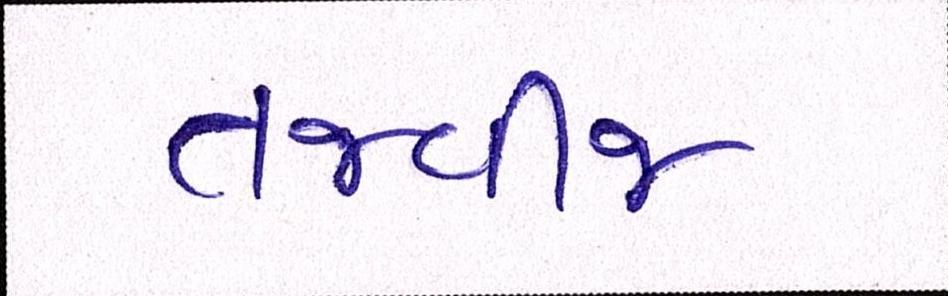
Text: તજવીજ